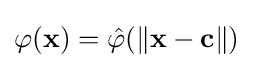
{\textstyle \varphi (\mathbf {x} )={\hat {\varphi }}(\left\|\mathbf {x} -\mathbf {c} \right\|)}